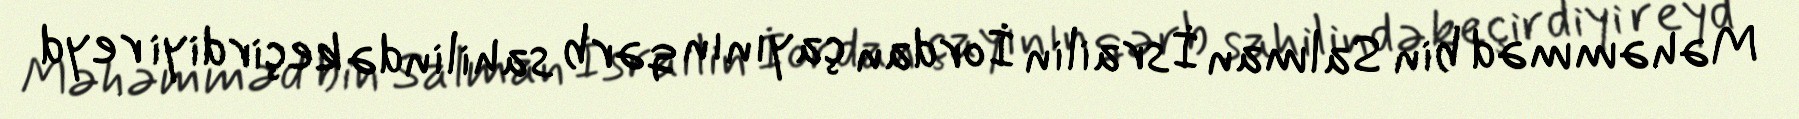
Məhəmməd bin Salman İsrailin İordan çayının qərb sahilində keçirdiyi reyd